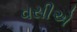
વસીએ